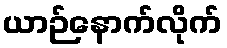
ယာဉ်နောက်လိုက်